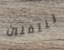
تنتقلين